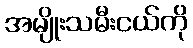
အမျိုးသမီးငယ်ကို